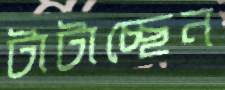
টাটাচ্ছেন